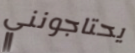
يحتاجونني